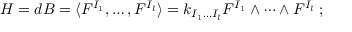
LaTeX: H = d B = \langle F ^ { I _ { 1 } } , \dots , F ^ { I _ { l } } \rangle = k _ { I _ { 1 } \dots I _ { l } } F ^ { I _ { 1 } } \wedge \dots \wedge F ^ { I _ { l } } \; ;